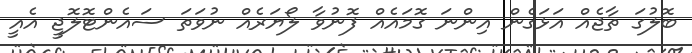
ބޮލުގަ ތާޖެއް އަޅަގެން އިންނަ ގޮމައެއް ފޮނުވާ ލޯޔަރެއް ނުވަތަ ސައެންޓޮލޮޖީ އެއީ